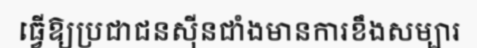
ធ្វើឱ្យប្រជាជនស៊ីនជាំងមានការខឹងសម្បារ